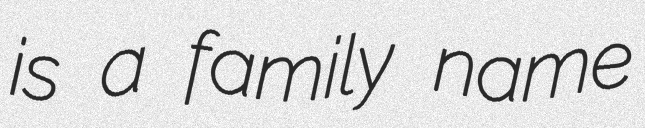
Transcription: is a family name